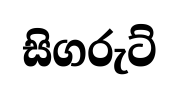
සිගරුට්